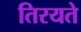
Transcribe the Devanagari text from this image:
तिरयते